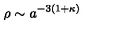
\rho \sim a ^ { - 3 ( 1 + \kappa ) }